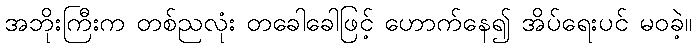
အဘိုးကြီးက တစ်ညလုံး တခေါခေါဖြင့် ဟောက်နေ၍ အိပ်ရေးပင် မဝခဲ့။